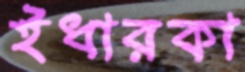
ইধারকা